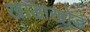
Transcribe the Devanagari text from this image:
खाडाखोड